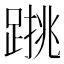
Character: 𨃑